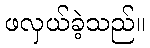
ဖလှယ်ခဲ့သည်။